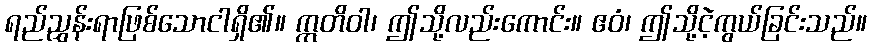
ရည်ညွှန်းရာဖြစ်သောငါရှိ၏။ ဣတိဝါ၊ ဤသို့လည်းကောင်း။ ဧဝံ၊ ဤသို့ငဲ့ကွယ်ခြင်းသည်။